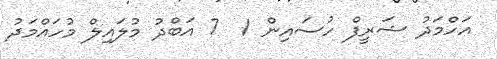
އަހްމަދު ޝަރީފް ހުސައިން 1  7 އަބްދު މުލައިލް މުހައްމަދު